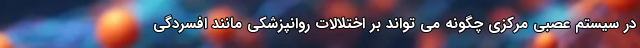
در سیستم عصبی مرکزی چگونه می تواند بر اختلالات روانپزشکی مانند افسردگی